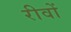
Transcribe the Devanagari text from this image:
रीवों